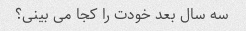
سه سال بعد خودت را کجا می بینی؟